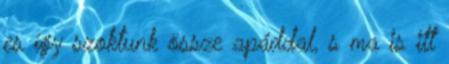
es így szoktunk össze apáddal, s ma is itt